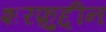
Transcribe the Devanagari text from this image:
शरफ़ुद्दीन